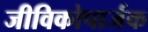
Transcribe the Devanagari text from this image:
जीविकोपार्जक